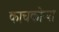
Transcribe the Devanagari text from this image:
काचकोऱ्या